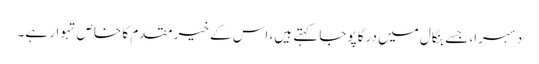
دسہرا، جسے بنگال میں درگا پوجا کہتے ہیں، اس کے خیر مقدم کا خاص تہوار ہے۔